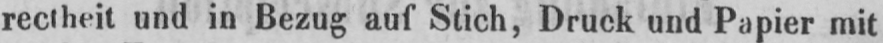
rectheit und in Bezug auf Stich, Druck und Papier mit